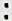
: